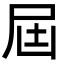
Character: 屆